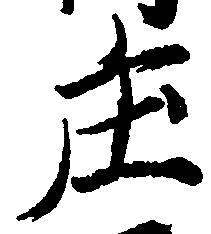
庄